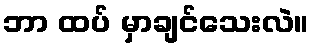
ဘာ ထပ် မှာချင်သေးလဲ။